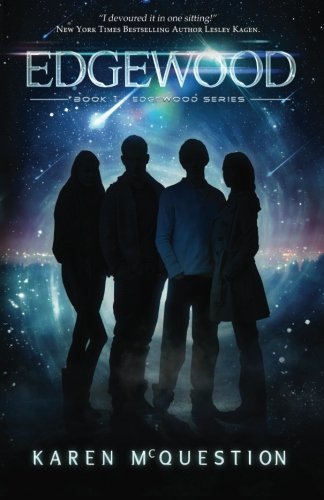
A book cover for Edgewood: (Edgewood Series); Karen McQuestion; Romance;